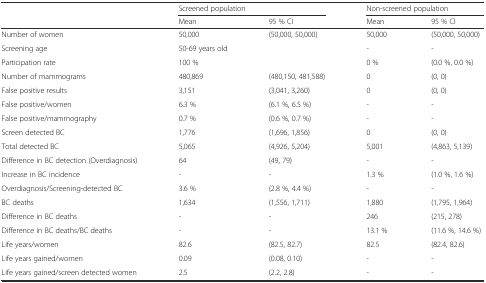
<table><thead><tr><td></td><td colspan="2"><b>Screened population</b></td><td colspan="2"><b>Non-screened population</b></td></tr><tr><td></td><td><b>Mean</b></td><td><b>95 % CI</b></td><td><b>Mean</b></td><td><b>95 % CI</b></td></tr></thead><tbody><tr><td>Number of women</td><td>50,000</td><td>(50,000, 50,000)</td><td>50,000</td><td>(50,000, 50,000)</td></tr><tr><td>Screening age</td><td>50-69 years old</td><td></td><td>-</td><td>-</td></tr><tr><td>Participation rate</td><td>100 %</td><td></td><td>0 %</td><td>(0.0 %, 0.0 %)</td></tr><tr><td>Number of mammograms</td><td>480,869</td><td>(480,150, 481,588)</td><td>0</td><td>(0, 0)</td></tr><tr><td>False positive results</td><td>3,151</td><td>(3,041, 3,260)</td><td>0</td><td>(0, 0)</td></tr><tr><td>False positive/women</td><td>6.3 %</td><td>(6.1 %, 6.5 %)</td><td>-</td><td>-</td></tr><tr><td>False positive/mammography</td><td>0.7 %</td><td>(0.6 %, 0.7 %)</td><td>-</td><td>-</td></tr><tr><td>Screen detected BC</td><td>1,776</td><td>(1,696, 1,856)</td><td>0</td><td>(0, 0)</td></tr><tr><td>Total detected BC</td><td>5,065</td><td>(4,926, 5,204)</td><td>5,001</td><td>(4,863, 5,139)</td></tr><tr><td>Difference in BC detection (Overdiagnosis)</td><td>64</td><td>(49, 79)</td><td>-</td><td>-</td></tr><tr><td>Increase in BC incidence</td><td>-</td><td>-</td><td>1.3 %</td><td>(1.0 %, 1.6 %)</td></tr><tr><td>Overdiagnosis/Screening-detected BC</td><td>3.6 %</td><td>(2.8 %, 4.4 %)</td><td>-</td><td>-</td></tr><tr><td>BC deaths</td><td>1,634</td><td>(1,556, 1,711)</td><td>1,880</td><td>(1,795, 1,964)</td></tr><tr><td>Difference in BC deaths</td><td>-</td><td>-</td><td>246</td><td>(215, 278)</td></tr><tr><td>Difference in BC deaths/BC deaths</td><td>-</td><td>-</td><td>13.1 %</td><td>(11.6 %, 14.6 %)</td></tr><tr><td>Life years/women</td><td>82.6</td><td>(82.5, 82.7)</td><td>82.5</td><td>(82.4, 82.6)</td></tr><tr><td>Life years gained/women</td><td>0.09</td><td>(0.08, 0.10)</td><td>-</td><td>-</td></tr><tr><td>Life years gained/screen detected women</td><td>2.5</td><td>(2.2, 2.8)</td><td>-</td><td>-</td></tr></tbody></table>